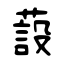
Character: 蔎